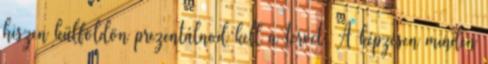
hiszen külföldön prezentálnod kell a tervet. A képzésen minden